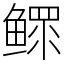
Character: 鳏